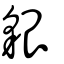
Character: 貇